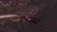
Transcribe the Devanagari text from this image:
एनजस